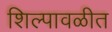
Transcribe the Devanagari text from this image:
शिल्पावळीत